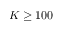
K \ge 1 0 0